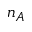
n _ { A }